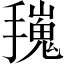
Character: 𢶟